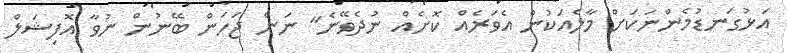
އަޅުގަނޑުމެންނަކަށް މާލެއަކުން އެވަރެއް ކޮށެއް ނުދެވޭނެ" ނަން ޖަހަން ބޭނުން ނުވާ އޮފިޝަލް